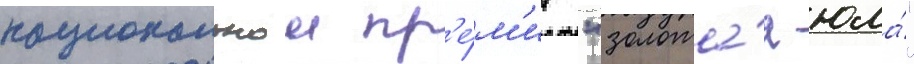
национальнои пр'е́м'ии "золота́я юла́"